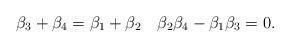
LaTeX: \begin{align*}\beta_3+\beta_4=\beta_1+\beta_2\quad\beta_2\beta_4-\beta_1\beta_3=0.\end{align*}